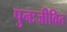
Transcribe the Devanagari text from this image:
पुनःजीवित